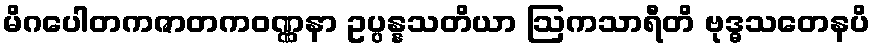
မိဂပေါတကဇာတကဝဏ္ဏနာ ဥပ္ပန္နသတိယာ ဩကသာရီတိ ဗုဒ္ဓသတေနပိ